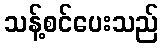
သန့်စင်ပေးသည်